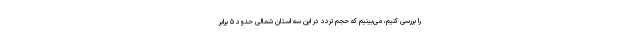
را بررسی کنیم، می‌بینیم که حجم تردد در این سه استان شمالی حدود ۵ برابر